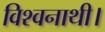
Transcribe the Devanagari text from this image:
विश्वनाथी।